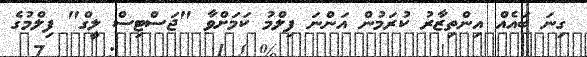
ގިނަ ބައެއް އިންތިޒާރު ކުރަމުން އަންނަ ފިލްމު ކަމަށްވާ "ޖަސްޓިސް ލީގް" ފިލްމުގެ